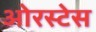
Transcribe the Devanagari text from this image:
ओरस्टेस